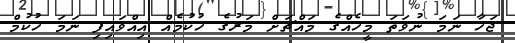
ޖަހާ ނަމަ ނުވަތަ މީހެއްގެ މައްޗަށް މަރުގެ ހުކުމެއް އިއްވައިފި ނަމަ ހުކުމް